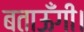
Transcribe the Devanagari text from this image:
बताऊँगी।